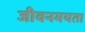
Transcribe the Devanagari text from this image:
जीवनमयता